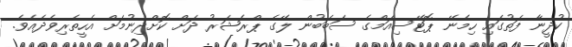
ކުދީނާ ފަތުގައި ހިމެނޭ ޕޮޓޭސިއަމްގެ ސަބަބުން ލޭގެ ޕްރެޝަރު ދަށް ކޮށްދިނުމަށް އެހީތެރިވެދެއެވެ.